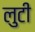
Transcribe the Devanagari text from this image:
लुटी